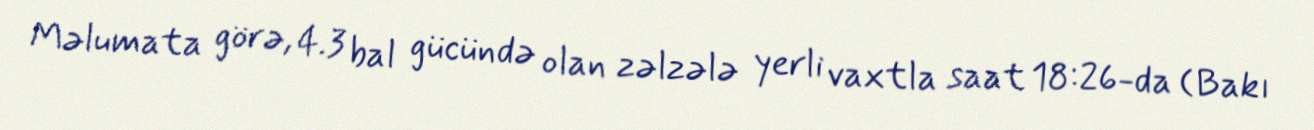
Məlumata görə, 4.3 bal gücündə olan zəlzələ yerli vaxtla saat 18:26-da (Bakı